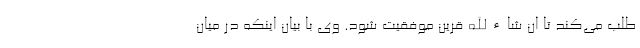
طلب می‌کند تا ان شاءالله قرین موفقیت شود. وی با بیان اینکه در میان